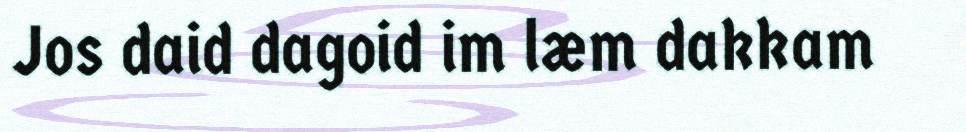
Jos daid dagoid im læm dakkam